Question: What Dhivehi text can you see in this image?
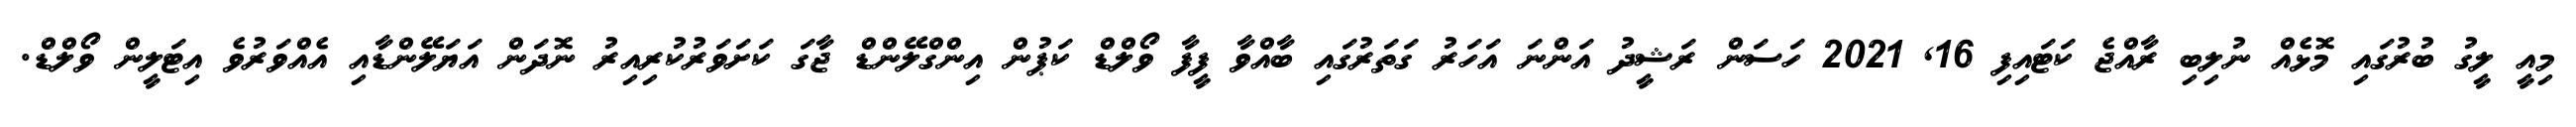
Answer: މިއީ ލީގު ބުރުގައި މޮޅެއް ނުލިބި ރާއްޖެ ކަޓައިފި 16, 2021 ހަސަން ރަޝީދު އަންނަ އަހަރު ގަތަރުގައި ބާއްވާ ފީފާ ވޯލްޑް ކަޕުން އިންގްލޭންޑް ޖާގަ ކަށަވަރުކުރިއިރު ނޮދަން އަޔަލޭންޑާއި އެއްވަރުވެ އިޓަލީން ވޯލްޑް.